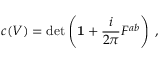
c ( V ) = \operatorname * { d e t } \left( { \bf 1 } + \frac { i } { 2 \pi } F ^ { a b } \right) \; ,